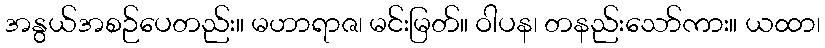
အနွယ်အစဉ်ပေတည်း။ မဟာရာဇ၊ မင်းမြတ်။ ဝါပန၊ တနည်းသော်ကား။ ယထာ၊